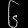
Digit: ၆